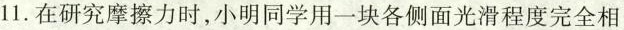
11.在研究摩擦力时，小明同学用一块各侧面光滑程度完全相